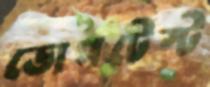
ডোপটেস্ট